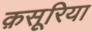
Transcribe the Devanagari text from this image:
क़सूरिया